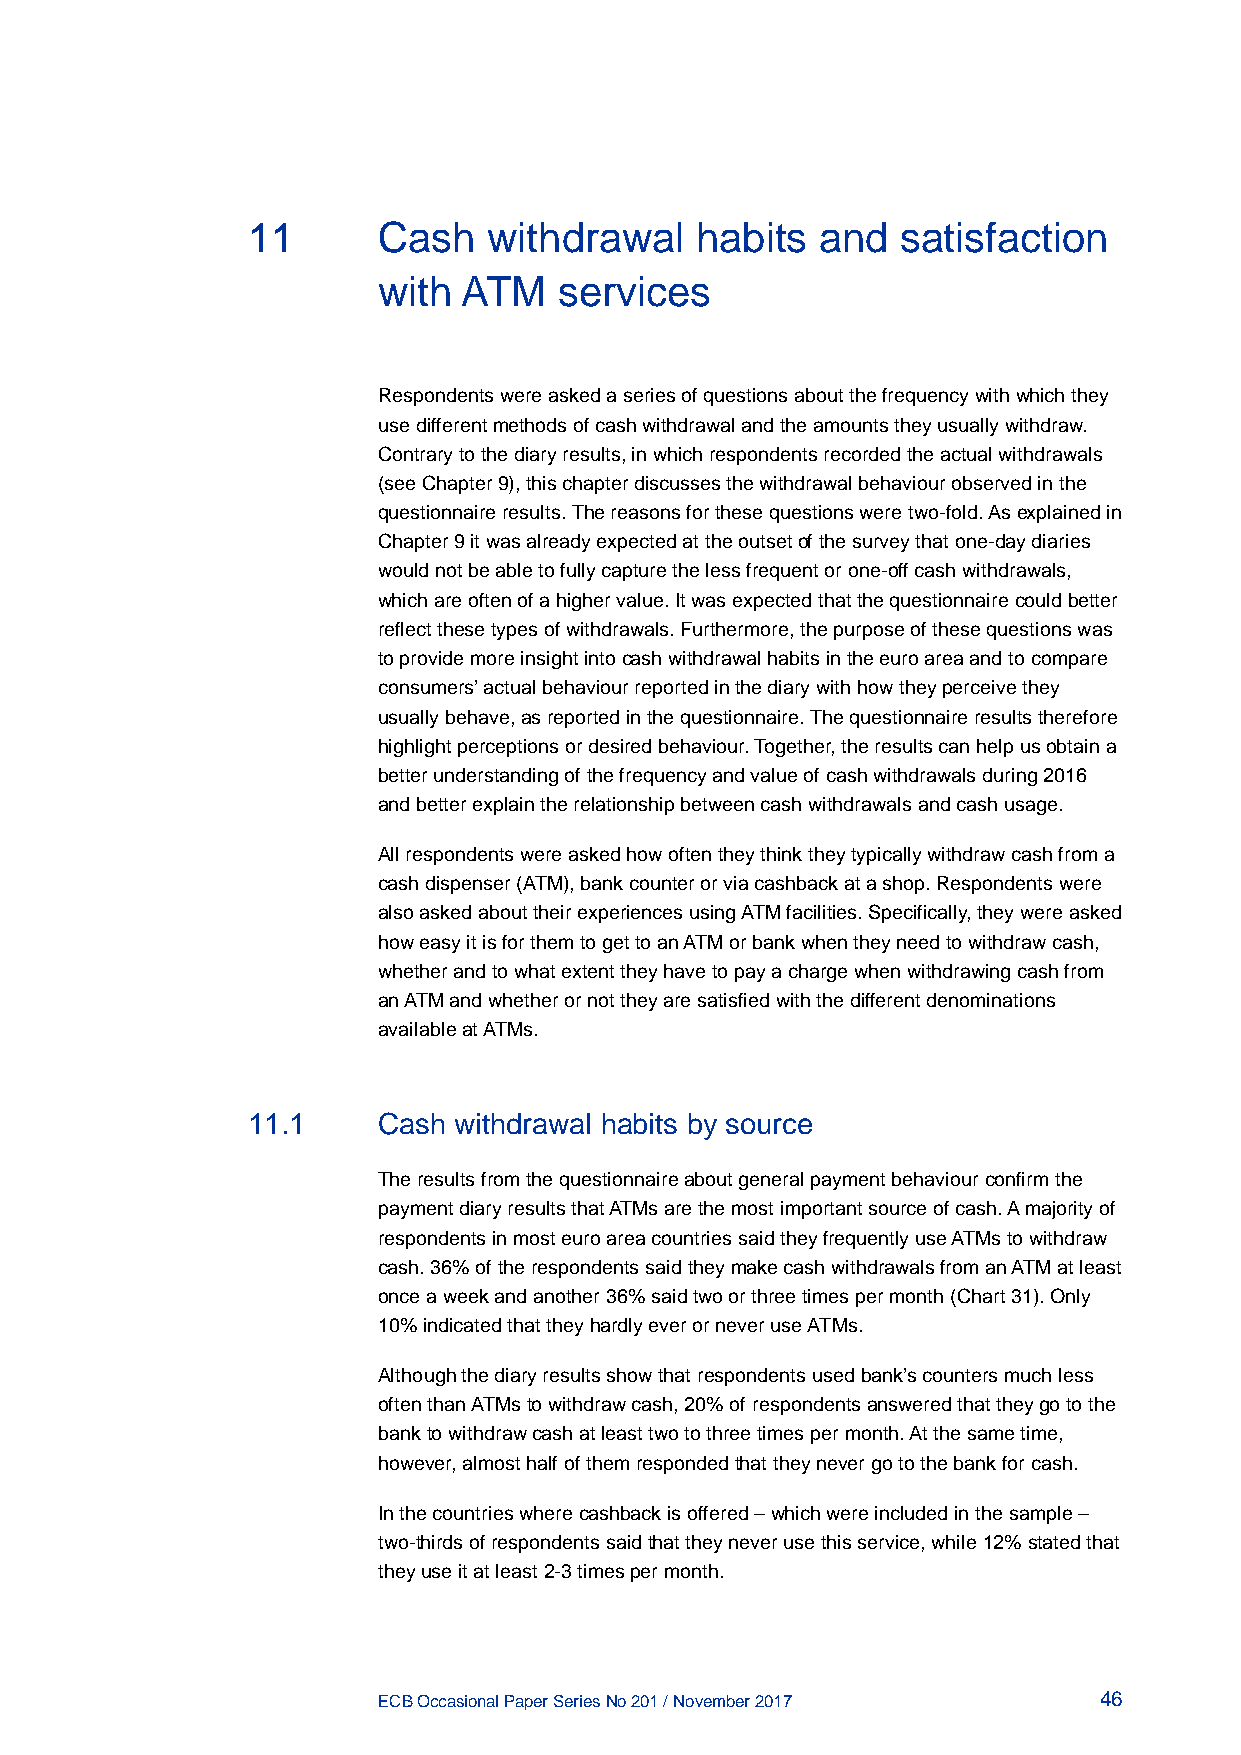
11       Cash   withdrawal    habits  and   satisfaction
 with  ATM   services
 Respondents were asked a series of questions about the frequency with which they
 use different methods of cash withdrawal and the amounts they usually withdraw.
 Contrary to the diary results, in which respondents recorded the actual withdrawals
 (see Chapter 9), this chapter discusses the withdrawal behaviour observed in the
 questionnaire results. The reasons for these questions were two-fold. As explained in
 Chapter 9 it was already expected at the outset of the survey that one-day diaries
 would not be able to fully capture the less frequent or one-off cash withdrawals,
 which are often of a higher value. It was expected that the questionnaire could better
 reflect these types of withdrawals. Furthermore, the purpose of these questions was
 to provide more insight into cash withdrawal habits in the euro area and to compare
 consumers’ actual behaviour reported in the diary with how they perceive they
 usually behave, as reported in the questionnaire. The questionnaire results therefore
 highlight perceptions or desired behaviour. Together, the results can help us obtain a
 better understanding of the frequency and value of cash withdrawals during 2016
 and better explain the relationship between cash withdrawals and cash usage.
 All respondents were asked how often they think they typically withdraw cash from a
 cash dispenser (ATM), bank counter or via cashback at a shop. Respondents were
 also asked about their experiences using ATM facilities. Specifically, they were asked
 how easy it is for them to get to an ATM or bank when they need to withdraw cash,
 whether and to what extent they have to pay a charge when withdrawing cash from
 an ATM and whether or not they are satisfied with the different denominations
 available at ATMs.
 11.1     Cash withdrawal habits by source
 The results from the questionnaire about general payment behaviour confirm the
 payment diary results that ATMs are the most important source of cash. A majority of
 respondents in most euro area countries said they frequently use ATMs to withdraw
 cash. 36% of the respondents said they make cash withdrawals from an ATM at least
 once a week and another 36% said two or three times per month (Chart 31). Only
 10% indicated that they hardly ever or never use ATMs.
 Although the diary results show that respondents used bank’s counters much less
 often than ATMs to withdraw cash, 20% of respondents answered that they go to the
 bank to withdraw cash at least two to three times per month. At the same time,
 however, almost half of them responded that they never go to the bank for cash.
 In the countries where cashback is offered – which were included in the sample –
 two-thirds of respondents said that they never use this service, while 12% stated that
 they use it at least 2-3 times per month.
 ECB Occasional Paper Series No 201 / November 2017 46